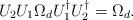
LaTeX: \begin{align*}U_2 U_1 \Omega_d U_1^\dagger U_2^\dagger = \Omega_d.\end{align*}